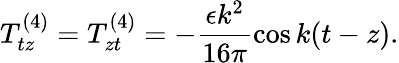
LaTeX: T_{tz}^{(4)}=T_{zt}^{(4)}=-\frac{\epsilon k^{2}}{16\pi}\cos k(t-z).